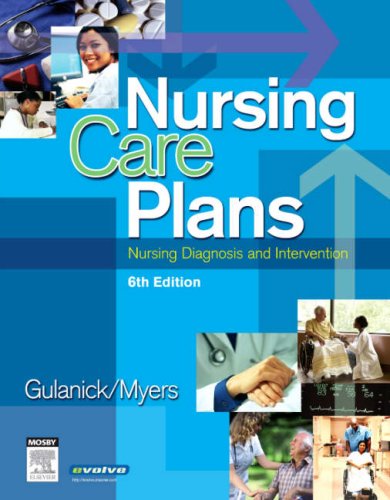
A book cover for Nursing Care Plans: Nursing Diagnosis and Intervention, 6e (Nursing Care Plans: Nursing Diagnosis & Intervention); Meg Gulanick; Medical Books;